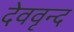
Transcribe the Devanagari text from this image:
देववृन्द